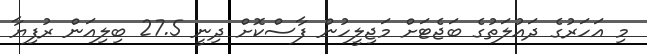
މި އަހަރުގެ ދައުލަތުގެ ބަޖެޓަށް މަޖިލީހުން ފާސްކޮށް ދިނީ 27.5 ބިލިއަން ރުފިޔާ